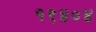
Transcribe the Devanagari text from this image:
१९४०४